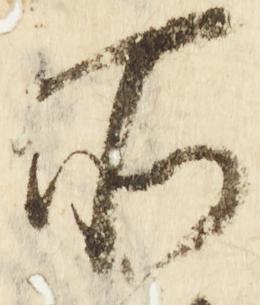
所